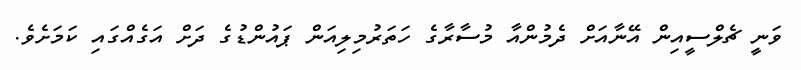
ވަނީ ޗެލްސީއިން އޭނާއަށް ދެމުންއާ މުސާރާގެ ހަތަރުމިލިއަން ޕައުންޑުގެ ދަށް އަގެއްގައި ކަމަށެވެ.